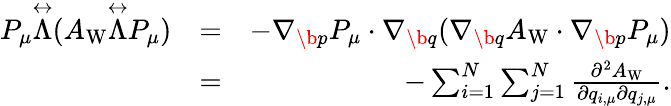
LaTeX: \begin{array}{rlr}{P_{\mu}\overset\leftrightarrow{\Lambda}(A_{\mathrm{W}}\overset\leftrightarrow{\Lambda}P_{\mu})}&{=}&{-{\nabla}_{\b{p}}P_{\mu}\cdot{\nabla}_{\b{q}}({\nabla}_{\b{q}}A_{\mathrm{W}}\cdot{\nabla}_{\b{p}}P_{\mu})}\\ &{=}&{-\sum_{i=1}^{N}\sum_{j=1}^{N}\frac{\partial^{2}A_{\mathrm{W}}}{\partial q_{i,\mu}\partial q_{j,\mu}}.}\end{array}